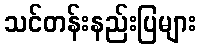
သင်တန်းနည်းပြများ